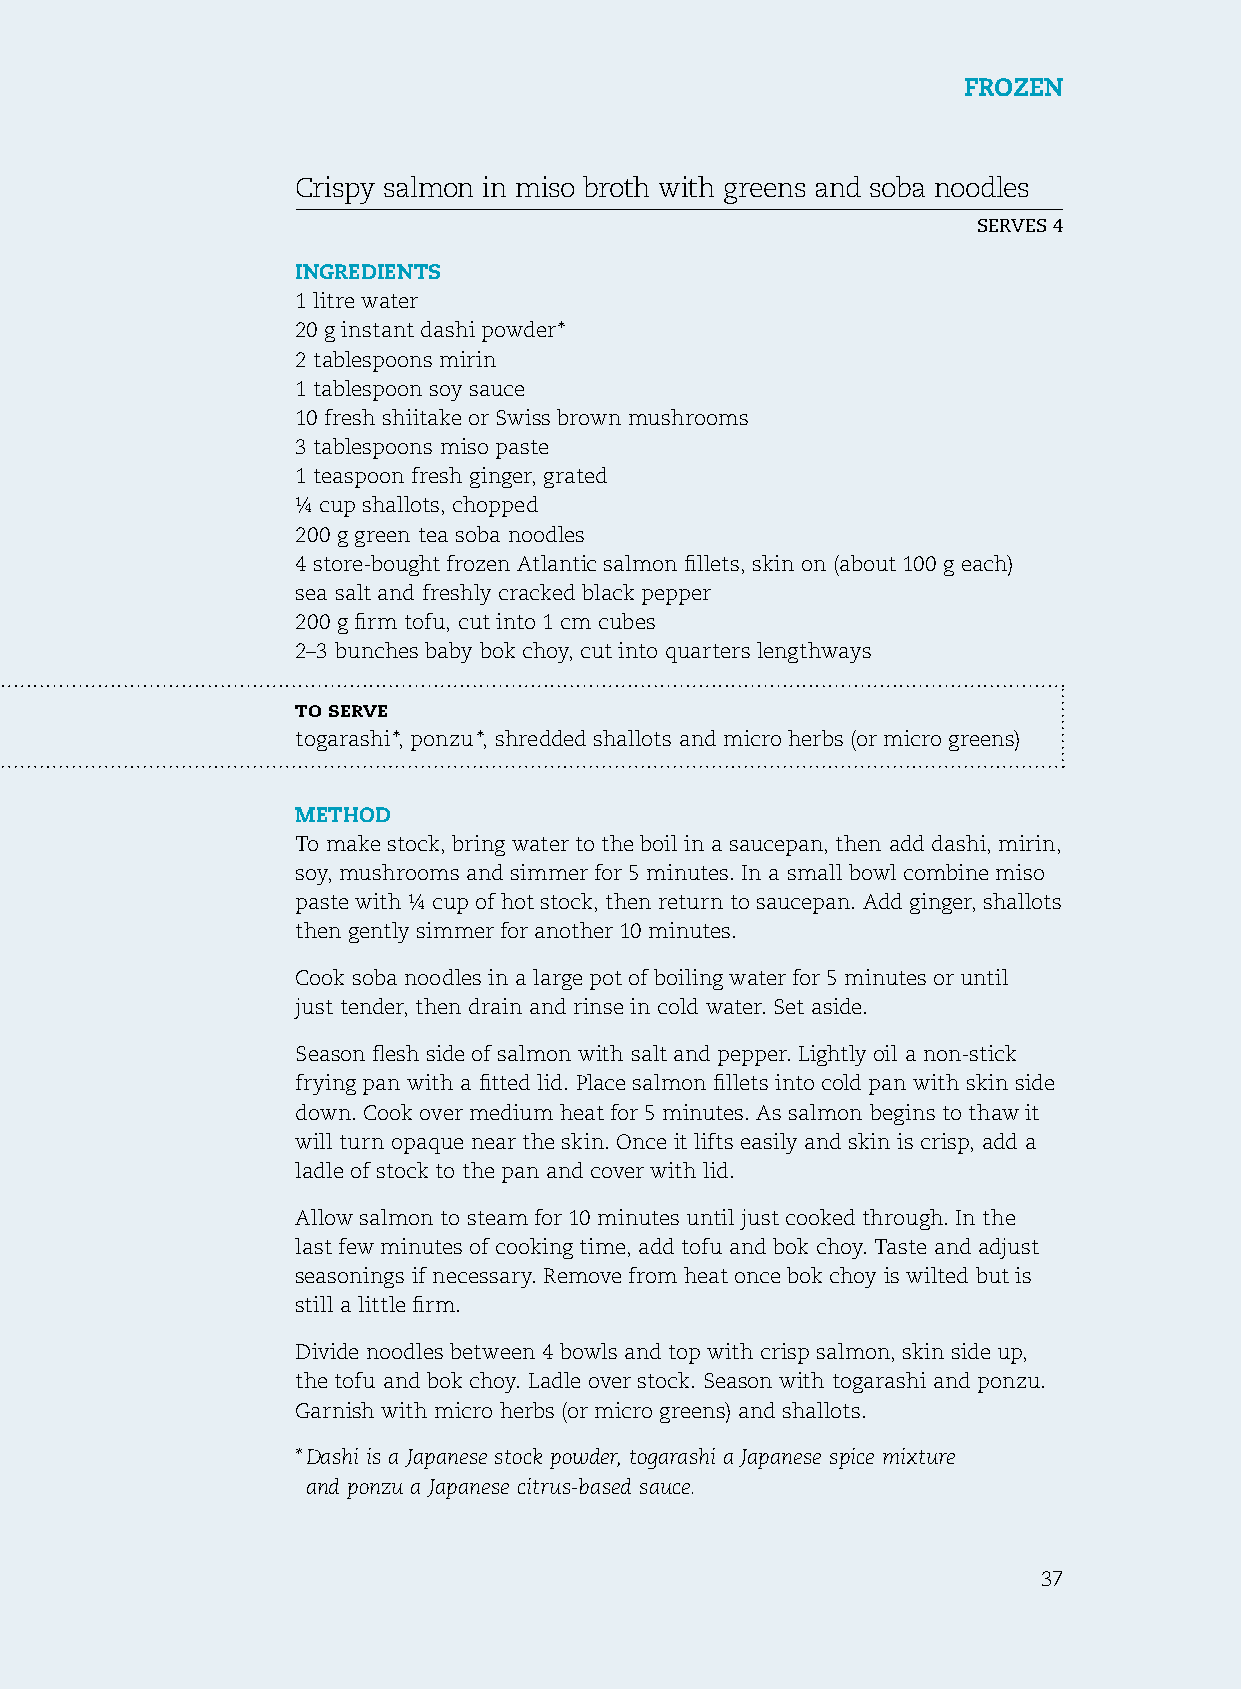
Frozen
 Crispy salmon in miso broth with greens and soba noodles
 serves 4
 ingredients
 1 litre water
 20 g instant dashi powder *
 2 tablespoons mirin
 1 tablespoon soy sauce
 10 fresh shiitake or swiss brown mushrooms
 3 tablespoons miso paste
 1 teaspoon fresh ginger, grated
 ¼ cup shallots, chopped
 200 g green tea soba noodles
 4 store-bought frozen Atlantic salmon fillets, skin on (about 100 g each)
 sea salt and freshly cracked black pepper
 200 g firm tofu, cut into 1 cm cubes
 2–3 bunches baby bok choy, cut into quarters lengthways
 to serve
 togarashi *, ponzu *, shredded shallots and micro herbs (or micro greens)
 method
 To make stock, bring water to the boil in a saucepan, then add dashi, mirin,
 soy, mushrooms and simmer for 5 minutes. In a small bowl combine miso
 paste with ¼ cup of hot stock, then return to saucepan. Add ginger, shallots
 then gently simmer for another 10 minutes.
 Cook soba noodles in a large pot of boiling water for 5 minutes or until
 just tender, then drain and rinse in cold water. set aside.
 season flesh side of salmon with salt and pepper. Lightly oil a non-stick
 frying pan with a fitted lid. Place salmon fillets into cold pan with skin side
 down. Cook over medium heat for 5 minutes. As salmon begins to thaw it
 will turn opaque near the skin. once it lifts easily and skin is crisp, add a
 ladle of stock to the pan and cover with lid.
 Allow salmon to steam for 10 minutes until just cooked through. In the
 last few minutes of cooking time, add tofu and bok choy. Taste and adjust
 seasonings if necessary. remove from heat once bok choy is wilted but is
 still a little firm.
 Divide noodles between 4 bowls and top with crisp salmon, skin side up,
 the tofu and bok choy. Ladle over stock. season with togarashi and ponzu.
 Garnish with micro herbs (or micro greens) and shallots.
 * Dashi is a Japanese stock powder, togarashi a Japanese spice mixture
 and ponzu a Japanese citrus-based sauce.
 37